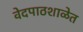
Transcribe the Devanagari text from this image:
वेदपाठशाळेत